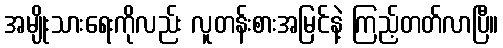
အမျိုးသားရေးကိုလည်း လူတန်းစားအမြင်နဲ့ ကြည့်တတ်လာပြီ။